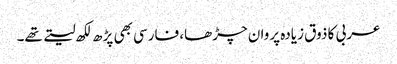
عربی کا ذوق زیادہ پروان چڑھا، فارسی بھی پڑھ لکھ لیتے تھے۔